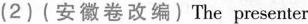
(2) (安徽卷改编) The presenter